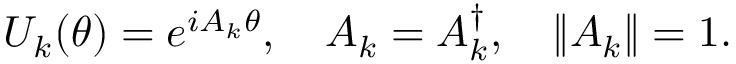
U _ { k } ( \theta ) = e ^ { i A _ { k } \theta } , \quad A _ { k } = A _ { k } ^ { \dagger } , \quad \lVert A _ { k } \rVert = 1 .